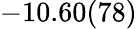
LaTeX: -10.60(78)